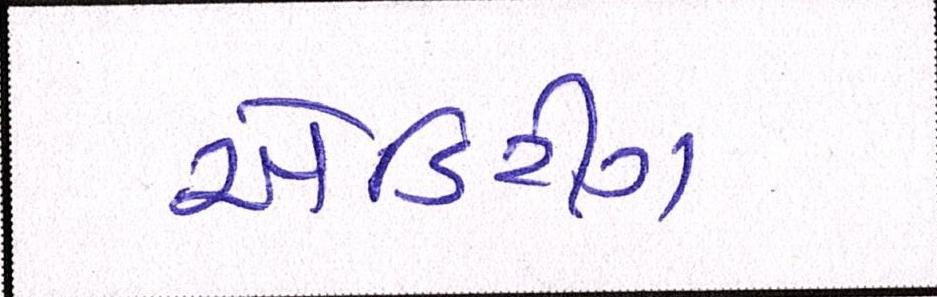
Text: એડિટીંગ